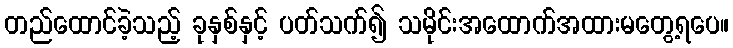
တည်ထောင်ခဲ့သည့် ခုနှစ်နှင့် ပတ်သက်၍ သမိုင်းအထောက်အထားမတွေ့ရပေ။